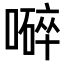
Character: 𡀬